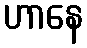
ဟာနေ